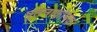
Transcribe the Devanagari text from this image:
पूतनाकोपक